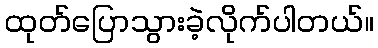
ထုတ်ပြောသွားခဲ့လိုက်ပါတယ်။